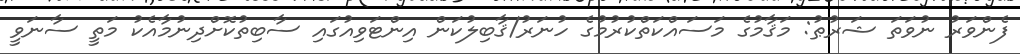
ފެންވަރު ނުވަތަ ޝަރުޠު: މަޤާމުގެ މަސައްކަތްކުރުމުގެ ހުނަރު/ޤާބިލުކަން އިންޓަވިއުގައި ސާބިތުކޮށްދިނުމާއެކު މަތީ ސާނަވީ